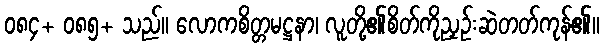
၀၈၄+ ၀၈၅+ သည်။ လောကစိတ္တမဋ္ဌနာ၊ လူတို့၏စိတ်ကိုညှဉ်းဆဲတတ်ကုန်၏။